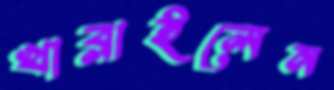
খাব্‌লাইলেন